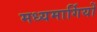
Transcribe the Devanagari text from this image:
मध्यमार्गियों